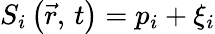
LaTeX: S_{i}\left(\vec{r},\, t\right)=p_{i}+\xi_{i}